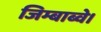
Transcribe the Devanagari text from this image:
जिम्बाब्वे।